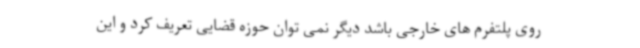
روی پلتفرم های خارجی باشد دیگر نمی توان حوزه قضایی تعریف کرد و این